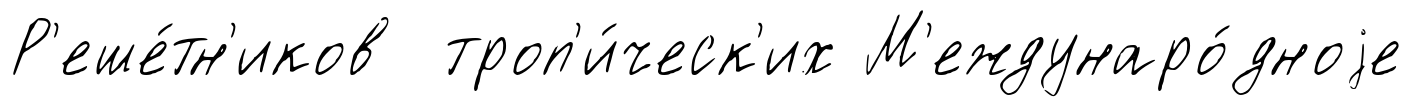
Р'еше́тн'иков троп'и́ческ'их М'еждунаро́дноjе